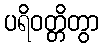
ပရိဝတ္တိတွာ